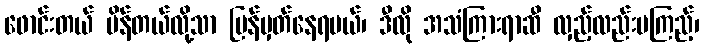
ဖောင်းတယ် ပိန်တယ်လို့သာ ပြန်မှတ်နေရမယ်၊ ဒီလို အသံကြားရာဆီ လှည့်လည်းမကြည့်၊